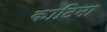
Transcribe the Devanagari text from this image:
काटिमा